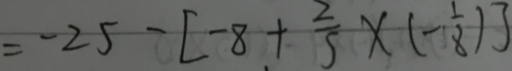
= - 2 5 - [ - 8 + \frac { 2 } { 5 } \times ( - \frac { 1 } { 8 } ) ]